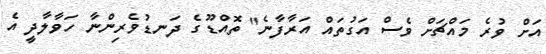
އަށް ވުރެ މައްޗަށް ވެސް އަގުތައް އަރާފާނެ" ތޮއްޑޫގެ ދަނޑުވެރިންނާ ހަވާލާދީ އެ